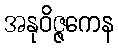
အနုဝိဇ္ဇကေန